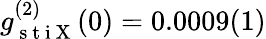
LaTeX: g_{\mathrm{~s~t~i~X~}}^{(2)}(0)=0.0009(1)